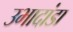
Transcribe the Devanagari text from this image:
उभादांडा